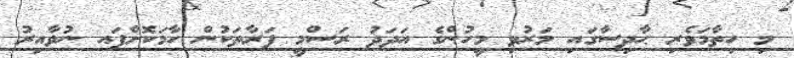
މި ހިތާމަވެރި ޙާދިސާގައި މަރުވި މީހުންގެ އަދަދު ރަސްމީ ފަރާތަކުން ހާމަކޮށްފައ ނުވާއިރު